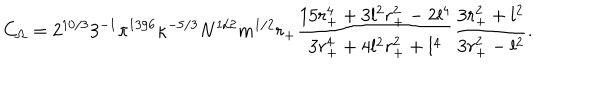
C _ { \Omega } = 2 ^ { 1 0 / 3 } 3 ^ { - 1 } \pi ^ { 1 3 / 6 } \kappa ^ { - 5 / 3 } N ^ { 1 / 2 } m ^ { 1 / 2 } r _ { + } \frac { 1 5 r _ { + } ^ { 4 } + 3 l ^ { 2 } r _ { + } ^ { 2 } - 2 l ^ { 4 } } { 3 r _ { + } ^ { 4 } + 4 l ^ { 2 } r _ { + } ^ { 2 } + l ^ { 4 } } \frac { 3 r _ { + } ^ { 2 } + l ^ { 2 } } { 3 r _ { + } ^ { 2 } - l ^ { 2 } } .